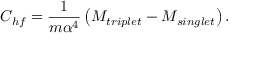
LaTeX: C _ { h f } = \frac { 1 } { m \alpha ^ { 4 } } \left( M _ { t r i p l e t } - M _ { s i n g l e t } \right) .